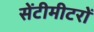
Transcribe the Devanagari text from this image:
सेंटीमीटरों